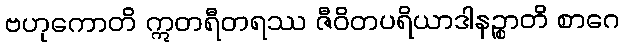
ဗဟုကောတိ ဣတရီတရဿ ဇီဝိတပရိယာဒါနဉ္စာတိ စာဂေ